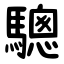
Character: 驄